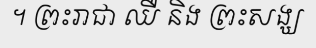
។ ព្រះរាជា ឈឺ និង ព្រះសង្ឃ